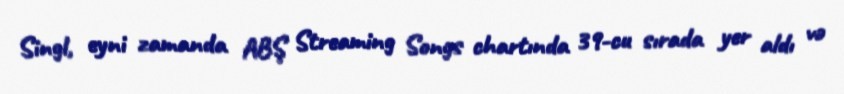
Singl, eyni zamanda ABŞ Streaming Songs chartında 39-cu sırada yer aldı və